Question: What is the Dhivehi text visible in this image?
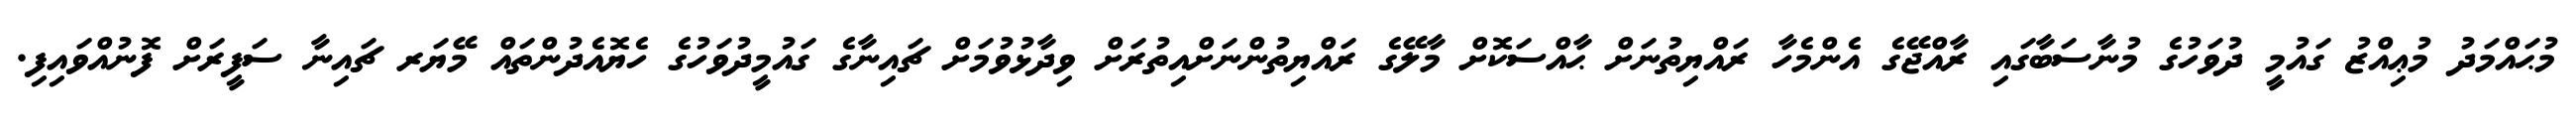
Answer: މުޙައްމަދު މުޢިއްޒު ގައުމީ ދުވަހުގެ މުނާސަބާގައި ރާއްޖޭގެ އެންމެހާ ރައްޔިތުނަށް ޙާއްސަކޮށް މާލޭގެ ރައްޔިތުންނަށްއިތުރަށް ވިދާޅުވުމަށް ޗައިނާގެ ގައުމީދުވަހުގެ ހެޔޮއެދުންތައް މޭޔަރ ޗައިނާ ސަފީރަށް ފޮނުއްވައިފި.